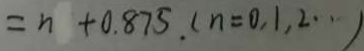
= n + 0 . 8 7 5 . ( n = 0 , 1 , 2 \cdots )